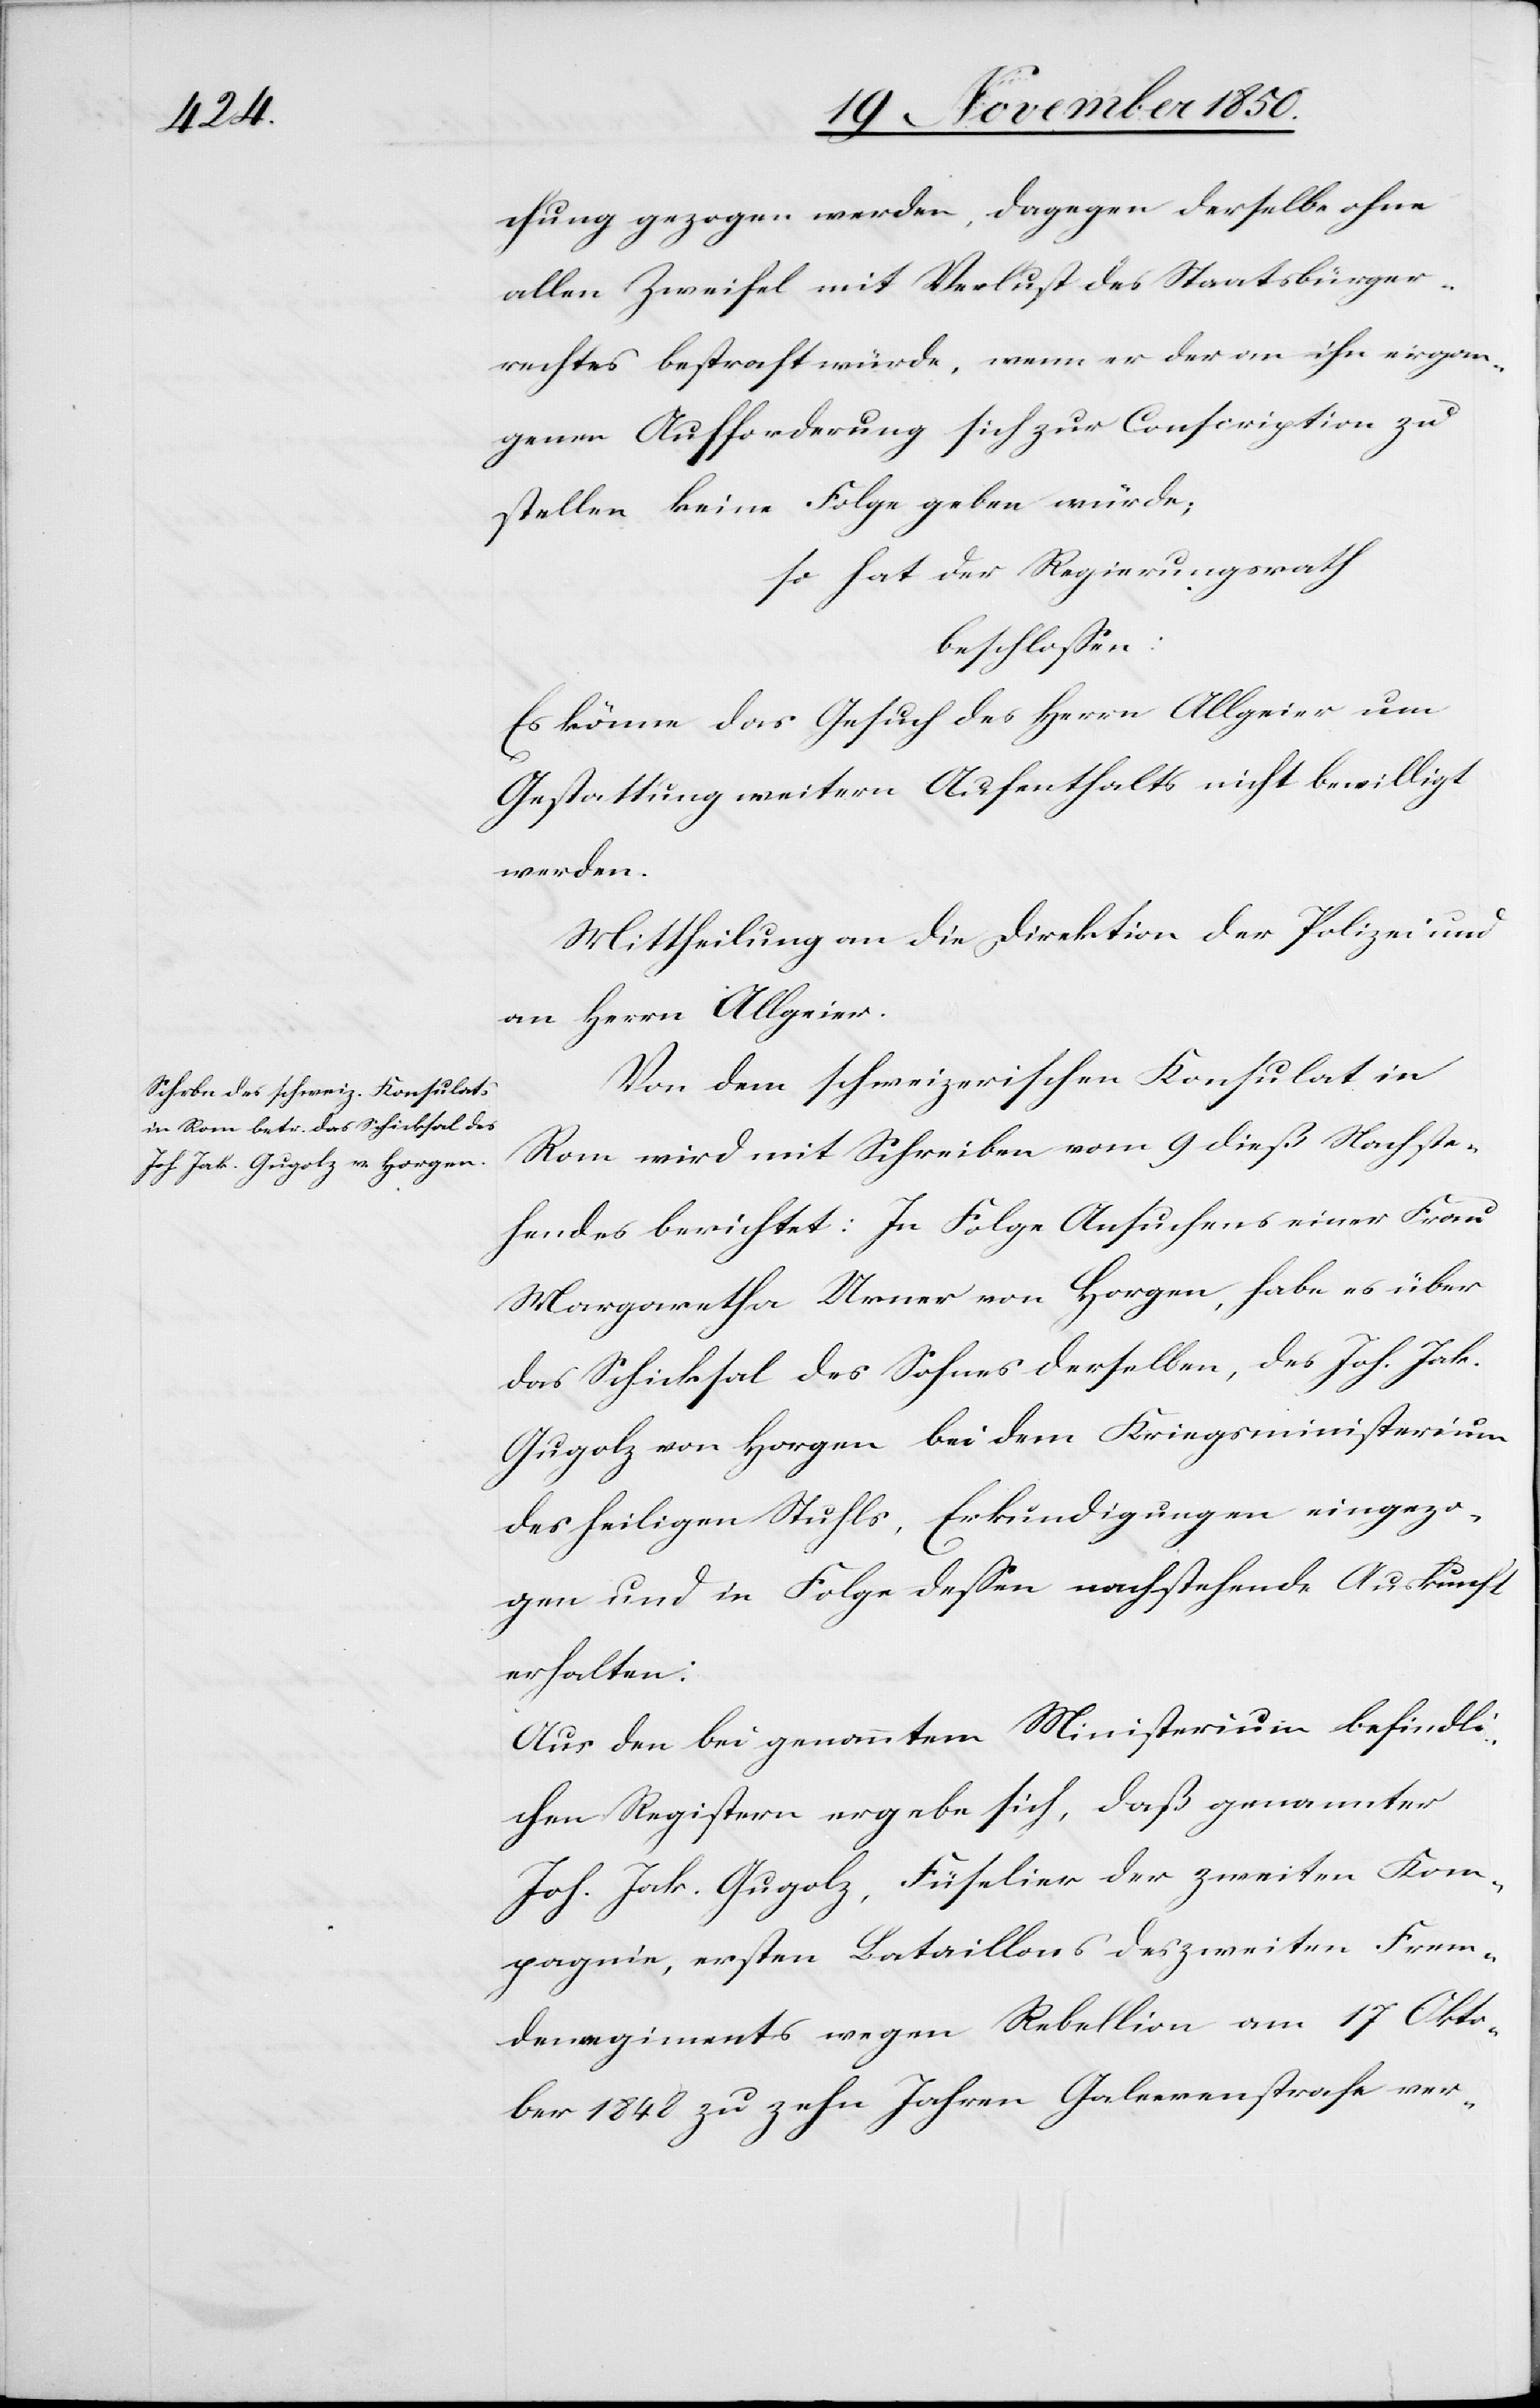
chung gezogen werden, dagegen derselbe ohne
allen Zweifel mit Verlust des Staatsbürger¬
rechtes bestraft würde, wenn er der an ihn ergan¬
genen Aufforderung sich zur Conscription zu
stellen keine Folge geben würde;
so hat der Regierungsrath
beschlossen:
Es könne das Gesuch des Herrn Allgeier um
Gestattung weitern Aufenthalts nicht bewilligt
werden.
Mittheilung an die Direktion der Polizei und
an Herrn Allgeier.
Von dem schweizerischen Konsulat in
Rom wird mit Schreiben vom 9 dieß Nachste¬
hendes berichtet: In Folge Ansuchens einer Frau
Margaretha Urner von Horgen, habe es über
das Schicksal des Sohnes derselben, des Joh. Jak.
Gugolz von Horgen bei dem Kriegsministerium
des heiligen Stuhls, Erkundigungen eingezo¬
gen und in Folge dessen nachstehende Auskunft
erhalten:
Aus den bei genanntem Ministerium befindli¬
chen Registern ergebe sich, daß genannter
Joh. Jak. Gugolz, Füselier des zweiten Frem¬
denregimentes wegen Rebellion am 17 Okto¬
ber 1848 zu zehn Jahren Galeerenstrafe ver-